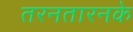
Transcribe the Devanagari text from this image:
तरनतारनके